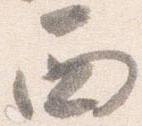
西